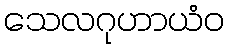
သေလဂုဟာယံဝ